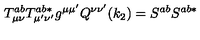
T _ { \mu \nu } ^ { a b } T _ { \mu ^ { \prime } \nu ^ { \prime } } ^ { a b * } g ^ { \mu \mu ^ { \prime } } Q ^ { \nu \nu ^ { \prime } } ( k _ { 2 } ) = S ^ { a b } S ^ { a b * }